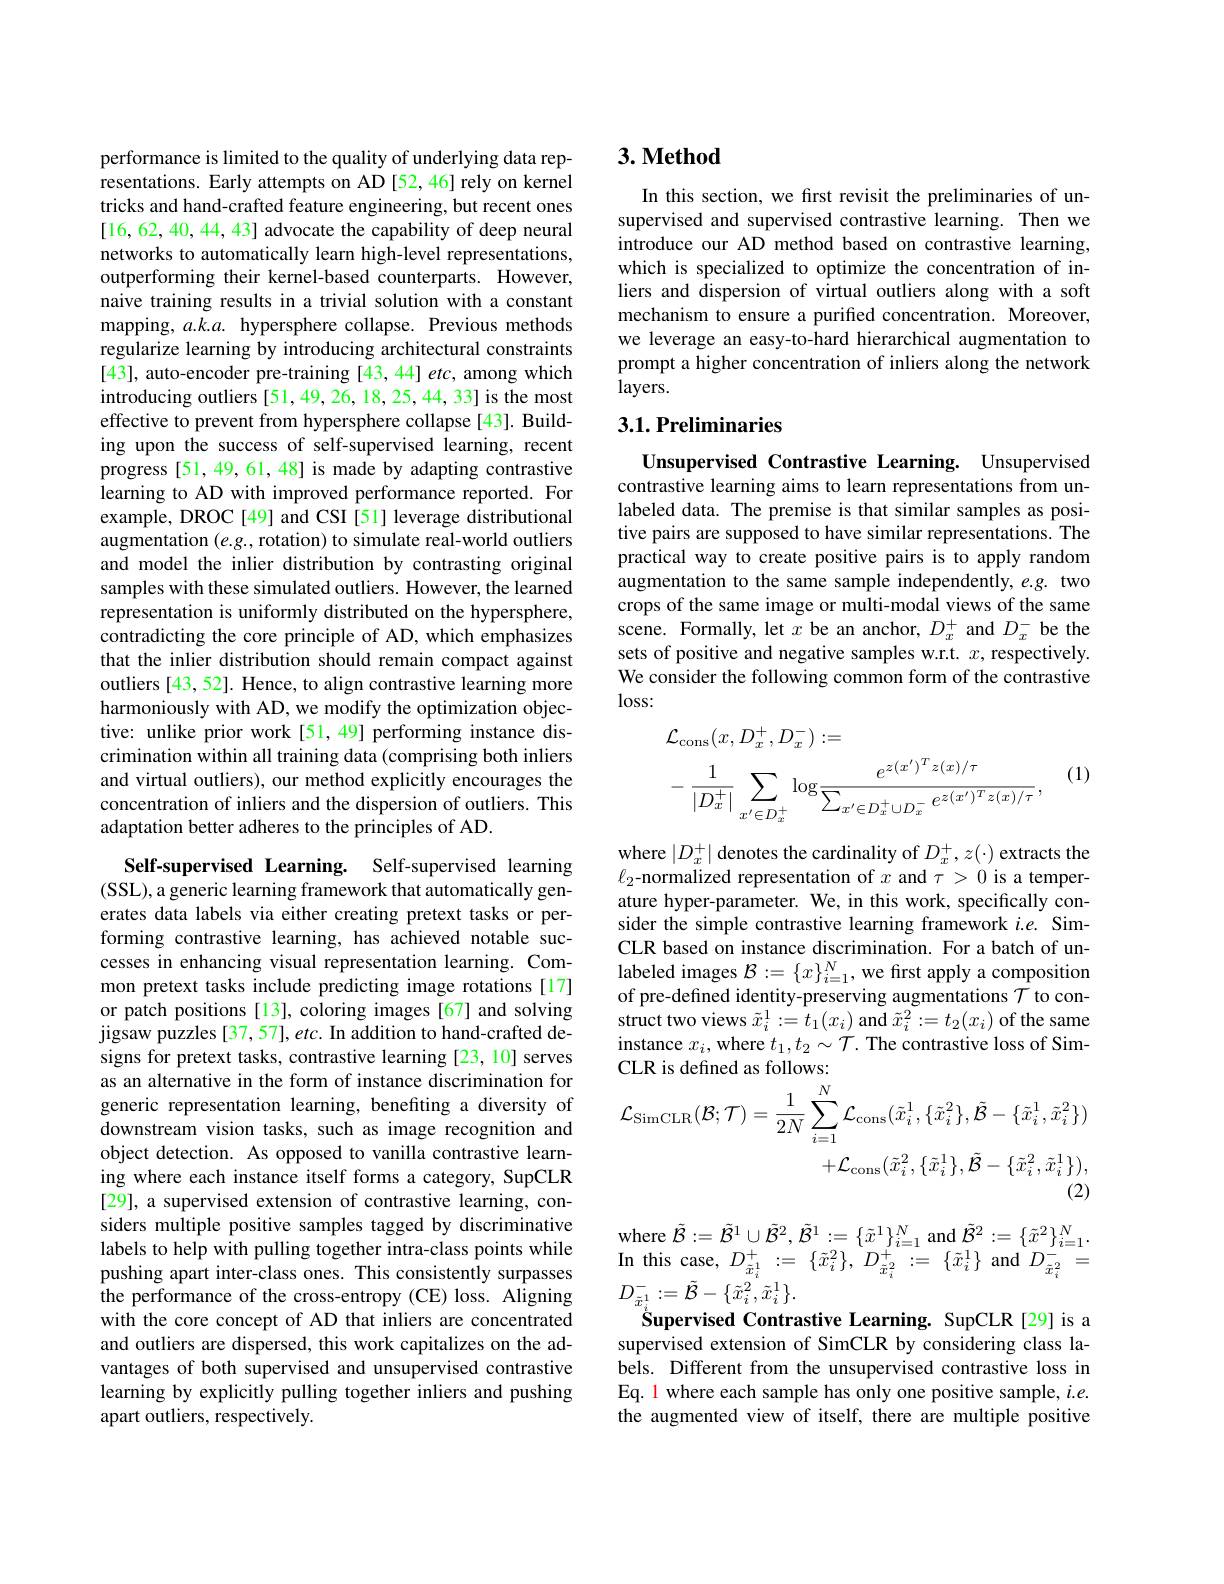
performance is limited to the quality of underlying data representations. Early attempts on AD [52,46] rely on kernel tricks and hand-crafted feature engineering, but recent ones [16,62,40,44,43] advocate the capability of deep neural networks to automatically learn high-level representations, outperforming their kernel-based counterparts. However, naive training results in a trivial solution with a constant mapping, $a.k.a.$ hypersphere collapse. Previous methods regularize learning by introducing architectural constraints [43], auto-encoder pre-training [43, 44] etc, among which introducing outliers[51,49,26,18,25,44,33] is the most effective to prevent from hypersphere collapse[43]. Building upon the success of self-supervised learning, recent progress [51, 49, 61, 48] is made by adapting contrastive learning to AD with improved performance reported. For example, DROC[49] and CSI[51] leverage distributional augmentation $(e.g.$, rotation) to simulate real-world outliers and model the inlier distribution by contrasting original samples with these simulated outliers. However, the learned representation is uniformly distributed on the hypersphere, contradicting the core principle of AD, which emphasizes that the inlier distribution should remain compact against outliers [43, 52]. Hence, to align contrastive learning more harmoniously with AD, we modify the optimization objective: unlike prior work[51,49] performing instance discrimination within all training data (comprising both inliers and virtual outliers), our method explicitly encourages the concentration of inliers and the dispersion of outliers. This adaptation better adheres to the principles of AD.

Self-supervised Learning. Self-supervised learning (SSL), a generic learning framework that automatically generates data labels via either creating pretext tasks or performing contrastive learning, has achieved notable successes in enhancing visual representation learning. Common pretext tasks include predicting image rotations[17] or patch positions [13], coloring images [67] and solving $\hat{\text{jigsaw puzzles[37,57],etc. In addition to hand-crafted de-}}$ signs for pretext tasks, contrastive learning [23, 10] serves as an alternative in the form of instance discrimination for generic representation learning, benefiting a diversity of downstream vision tasks, such as image recognition and object detection. As opposed to vanilla contrastive learning where each instance itself forms a category, SupCLR [29], a supervised extension of contrastive learning, considers multiple positive samples tagged by discriminative labels to help with pulling together intra-class points while pushing apart inter-class ones. This consistently surpasses the performance of the cross-entropy (CE) loss. Aligning with the core concept of AD that inliers are concentrated and outliers are dispersed, this work capitalizes on the advantages of both supervised and unsupervised contrastive learning by explicitly pulling together inliers and pushing apart outliers, respectively.

# 3. Method

In this section, we fırst revisit the preliminaries of unsupervised and supervised contrastive learning. Then we introduce our AD method based on contrastive learning, which is specialized to optimize the concentration of inliers and dispersion of virtual outliers along with a soft mechanism to ensure a purified concentration. Moreover, we leverage an easy-to-hard hierarchical augmentation to prompt a higher concentration of inliers along the network layers.

## 3.1. Preliminaries

Unsupervised Contrastive Learning. Unsupervised contrastive learning aims to learn representations from unlabeled data. The premise is that similar samples as positive pairs are supposed to have similar representations. The practical way to create positive pairs is to apply random augmentation to the same sample independently, e.g. two crops of the same image or multi-modal views of the same scene. Formally, let $\bar x$ be an anchor, $D_x^+$ and $D_x^-$ be the sets of positive and negative samples w.r.t. $x$, respectively. We consider the following common form of the contrastive $\log$ss:
$$\begin{aligned}&\mathcal{L}_{\mathrm{cons}}(x,D_{x}^{+},D_{x}^{-}):=\\&-\:\frac{1}{|D_{x}^{+}|}\sum_{x^{\prime}\in D_{x}^{+}}\log\frac{e^{z(x^{\prime})^{T}z(x)/\tau}}{\sum_{x^{\prime}\in D_{x}^{+}\cup D_{x}^{-}}e^{z(x^{\prime})^{T}z(x)/\tau}},\end{aligned}$$
(1)

where $\left|D_{x}^{+}\right|$ denotes the cardinality of $D_{x}^{+},z(\cdot)$ extracts the $\ell_2$-normalized representation of $x$ and $\tau>0$ is a temperature hyper-parameter. We, in this work, specifically consider the simple contrastive learning framework $i.e.$ SimCLR based on instance discrimination. For a batch of unlabeled images $\mathcal{B}:=\{x\}_i=1^N$, we first apply a composition of pre-defined identity-preserving augmentations $\mathcal{T}$ to con- $\hat{\text{struct two views }\tilde{x}}_{i}^{1}:=t_{1}(x_{i})$ and $\tilde{x}_{i}^{2}:=t_{2}(x_{i})$ of the same instance $x_i$, where $t_1,t_2\sim\mathcal{T}.$ The contrastive loss of Sim-
$$\begin{aligned}&\text{CLR Is uclincu as lonows.}\\&\mathcal{L}_{\mathrm{SimCLR}}(\mathcal{B};\mathcal{T})=\frac{1}{2N}\sum_{i=1}^{N}\mathcal{L}_{\mathrm{cons}}(\tilde{x}_{i}^{1},\{\tilde{x}_{i}^{2}\},\tilde{\mathcal{B}}-\{\tilde{x}_{i}^{1},\tilde{x}_{i}^{2}\})\\&+\mathcal{L}_{\mathrm{cons}}(\tilde{x}_{i}^{2},\{\tilde{x}_{i}^{1}\},\tilde{\mathcal{B}}-\{\tilde{x}_{i}^{2},\tilde{x}_{i}^{1}\}),\end{aligned}$$
$\begin{array}{c}{\mathrm{where~}\tilde{\mathcal{B}}:=\tilde{\mathcal{B}}^{1}\cup\tilde{\mathcal{B}}^{2},\tilde{\mathcal{B}}^{1}:=\{\tilde{x}^{1}\}_{i=1}^{N}\mathrm{~and~}\tilde{\mathcal{B}}^{2}:=\{\tilde{x}^{2}\}_{i=1}^{N}.}\\{\mathrm{where~}\tilde{\mathcal{B}}:=\tilde{\mathcal{B}}^{1}\cup\tilde{\mathcal{B}}^{2},\tilde{\mathcal{B}}^{1}:=\{\tilde{x}^{1}\}_{i=1}^{N}\mathrm{~and~}\tilde{\mathcal{B}}^{2}:=\left\{\tilde{x}^{2}\right\}_{i=1}^{N}.}\end{array}$ In this case, $D_{\tilde{x}_{i}^{1}}^{+}:=~\{\tilde{x}_{i}^{2}\},~D_{\tilde{x}_{i}^{2}}^{+}:=~\{\tilde{x}_{i}^{1}\}~$and$D_{\tilde{x}_{i}^{2}}^{-}=$ $D_{\tilde{x}_{i}^{1}}^{-}:=\tilde{\mathcal{B}}-\{\tilde{x}_{i}^{2},\tilde{x}_{i}^{1}\}.$
Supervised Contrastive Learning. SupCLR [29] is a supervised extension of SimCLR by considering class labels. Different from the unsupervised contrastive loss in Eq. 1 where each sample has only one positive sample, $i.e.$ the augmented view of itself, there are multiple positive